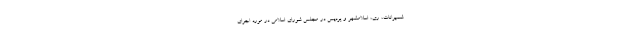
شمیرانات، ری، اسلامشهر و پردیس در مجلس شورای اسلامی در مورد اجرای